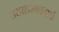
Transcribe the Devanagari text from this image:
उदाहरणादार्थ